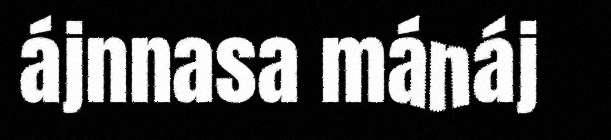
ájnnasa mánáj